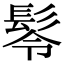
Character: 𩬔